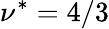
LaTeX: \nu^{*}=4/3